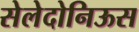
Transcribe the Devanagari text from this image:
सेलेदोनिऊस